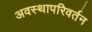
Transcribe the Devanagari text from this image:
अवस्थापरिवर्तन